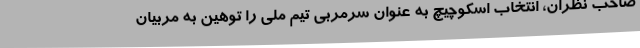
صاحب نظران، انتخاب اسکوچیچ به عنوان سرمربی تیم ملی را توهین به مربیان